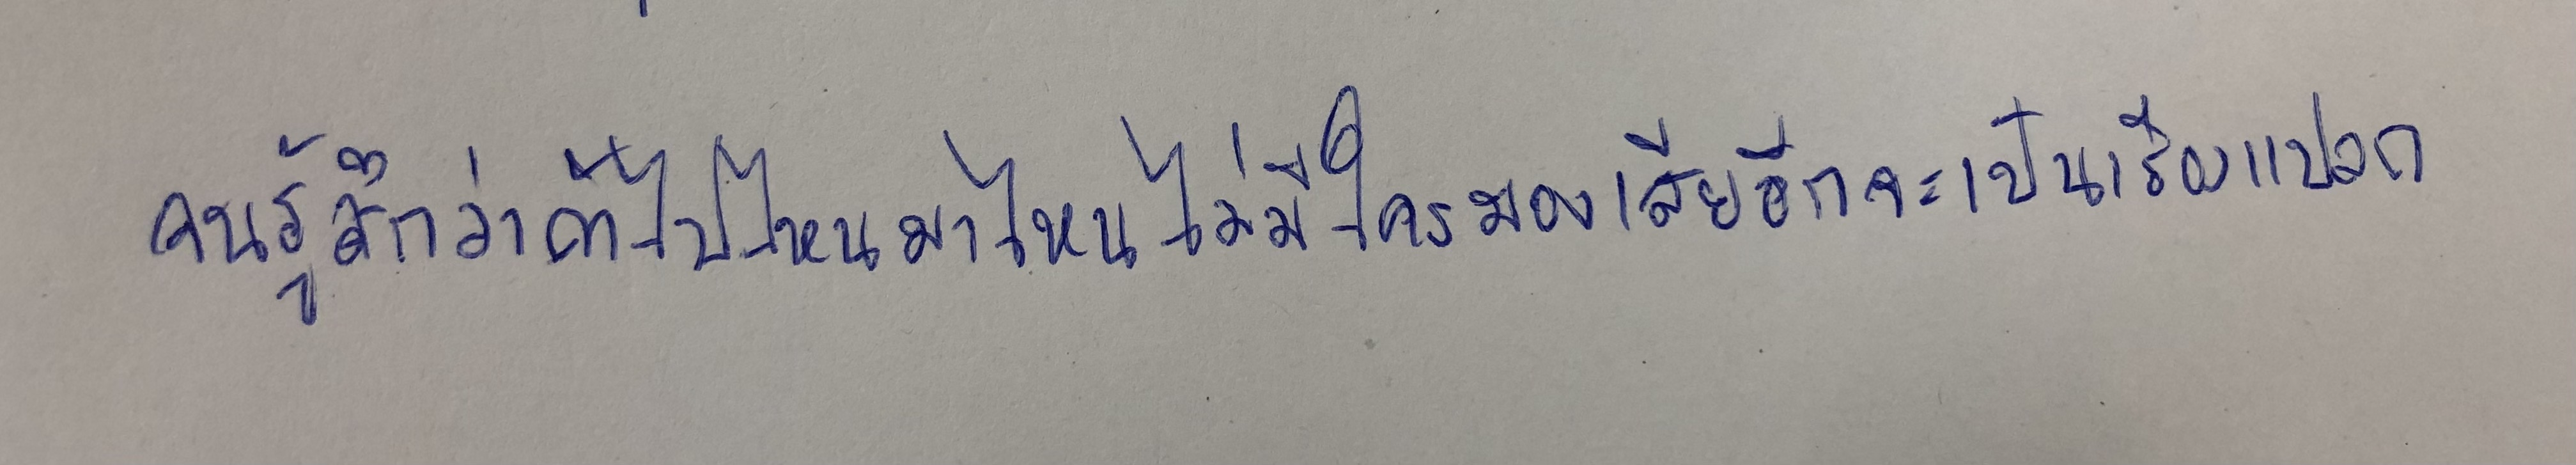
จนรู้สึกว่าถ้าไปไหนมาไหนไม่มีใครมองเสียอีกจะเป็นเรื่องแปลก